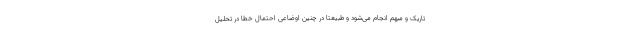
تاریک و مبهم انجام می‌شود و طبیعتا در چنین اوضاعی احتمال خطا در تحلیل